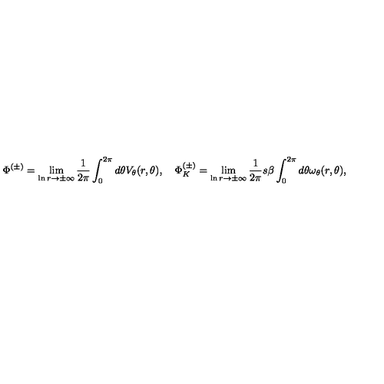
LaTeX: \Phi ^ { ( \pm ) } = \lim _ { \ln r \rightarrow \pm \infty } \frac { 1 } { 2 \pi } \int _ { 0 } ^ { 2 \pi } d \theta V _ { \theta } ( r , \theta ) , \quad \Phi _ { K } ^ { ( \pm ) } = \lim _ { \ln r \rightarrow \pm \infty } \frac { 1 } { 2 \pi } s \beta \int _ { 0 } ^ { 2 \pi } d \theta \omega _ { \theta } ( r , \theta ) ,